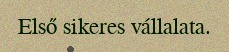
Első sikeres vállalata.